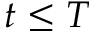
t \leq T